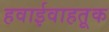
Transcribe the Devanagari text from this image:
हवाईवाहतूक